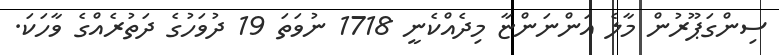
ސިންގަޕޫރުން މާލެ އަންނަންޏާ މިދެއްކެނީ 1718 ނުވަތަ 19 ދުވަހުގެ ދަތުރެއްގެ ވާހަކަ.